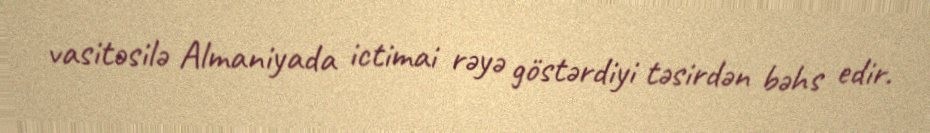
vasitəsilə Almaniyada ictimai rəyə göstərdiyi təsirdən bəhs edir.